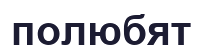
полюбят